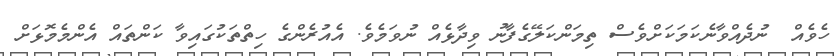
ހެވެއް  ނުދެއްވާނެކަމަކަށްވެސް ތިމަންކަލޭގެފާނު ވިދާޅެއް ނުވަމެވެ. އެއުރެންގެ ހިތްތަކުގައިވާ ކަންތައް އެންމެމޮޅަށް